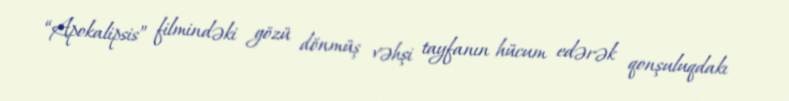
“Apokalipsis” filmindəki gözü dönmüş vəhşi tayfanın hücum edərək qonşuluqdakı